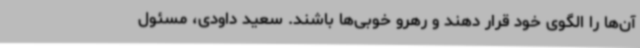
آن‌ها را الگوی خود قرار دهند و رهرو خوبی‌ها باشند. سعید داودی، مسئول